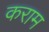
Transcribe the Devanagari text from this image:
कराम